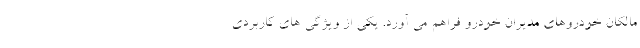
مالکان خودروهای مدیران خودرو فراهم می آورد. یکی از ویژگی های کاربردی